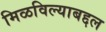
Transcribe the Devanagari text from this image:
मिळविल्याबद्दल